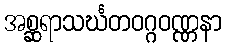
အစ္ဆရာသင်္ဃတဝဂ္ဂဝဏ္ဏနာ